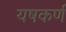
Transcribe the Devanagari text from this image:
यषकर्ण